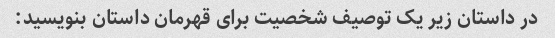
در داستان زیر یک توصیف شخصیت برای قهرمان داستان بنویسید: